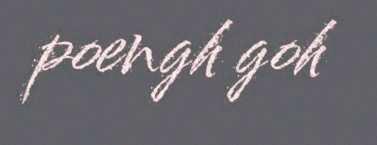
poengh goh